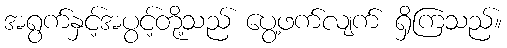
အရွက်နှင့်အပွင့်တို့သည် ပွေ့ဖက်လျက် ရှိကြသည်။